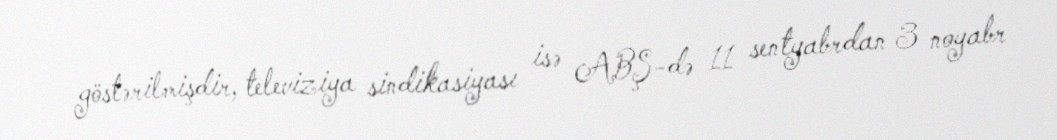
göstərilmişdir, televiziya sindikasiyası isə ABŞ-də 11 sentyabrdan 3 noyabr